Civil Veterinary Department. Central Provinces & Berar 1932-41 - 1932-1941
Year: 1932
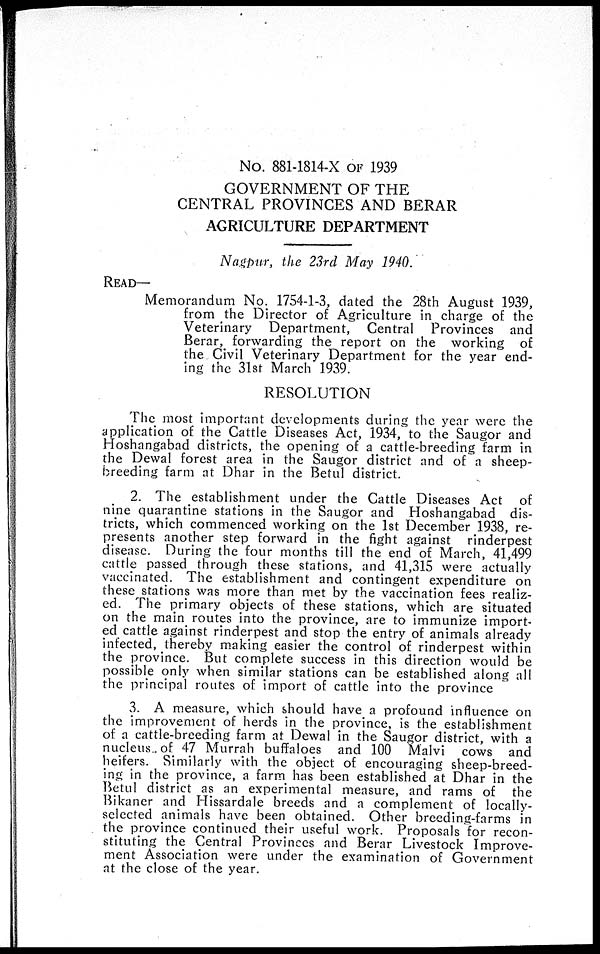
No. 881-1814-X OF 1939
GOVERNMENT OF THE
CENTRAL PROVINCES AND BERAR
AGRICULTURE DEPARTMENT
Nagpur, the 23rd May 1940.
READ—
Memorandum No. 1754-1-3, dated the 28th August 1939,
from the Director of Agriculture in charge of the
Veterinary Department, Central Provinces and
Berar, forwarding the report on the working of
the Civil Veterinary Department for the year end-
ing the 31st March 1939.
RESOLUTION
The most important developments during the year were the
application of the Cattle Diseases Act, 1934, to the Saugor and
Hoshangabad districts, the opening of a cattle-breeding farm in
the Dewal forest area in the Saugor district and of a sheep-
breeding farm at Dhar in the Betul district.
2. The establishment under the Cattle Diseases Act of
nine quarantine stations in the Saugor and Hoshangabad dis-
tricts, which commenced working on the 1st December 1938, re-
presents another step forward in the fight against rinderpest
disease. During the four months till the end of March, 41,499
cattle passed through these stations, and 41,315 were actually
vaccinated. The establishment and contingent expenditure on
these stations was more than met by the vaccination fees realiz-
ed. The primary objects of these stations, which are situated
on the main routes into the province, are to immunize import-
ed cattle against rinderpest and stop the entry of animals already
infected, thereby making easier the control of rinderpest within
the province. But complete success in this direction would be
possible only when similar stations can be established along all
the principal routes of import of cattle into the province
3. A measure, which should have a profound influence on
the improvement of herds in the province, is the establishment
of a cattle-breeding farm at Dewal in the Saugor district, with a
nucleus., of 47 Murrah buffaloes and 100 Malvi cows and
heifers. Similarly with the object of encouraging sheep-breed-
ing in the province, a farm has been established at Dhar in the
Betul district as an experimental measure, and rams of the
Bikaner and Hissardale breeds and a complement of locally-
selected animals have been obtained. Other breeding-farms in
the province continued their useful work. Proposals for recon-
stituting the Central Provinces and Berar Livestock Improve-
ment Association were under the examination of Government
at the close of the year.